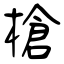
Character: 槍